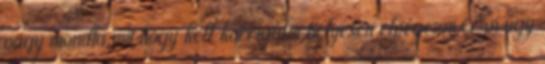
vagy mondta,mit hogy kell korrigálni helyesen elvégezni Én úgy